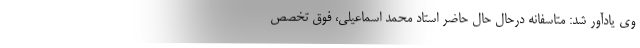
وی یادآور شد: متاسفانه درحال حال حاضر استاد محمد اسماعیلی، فوق تخصص